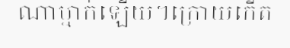
ណាម្នាក់ឡើយ។ក្រោយកើត